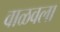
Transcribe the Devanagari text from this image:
वाळवला